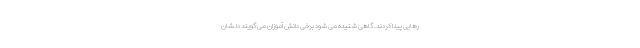
رهایی پیدا کردند. گاهی شنیده می شود برخی دانش آموزان می گویند دلشان